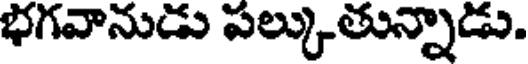
భగవానుడు పల్కుతున్నాడు.